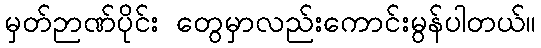
မှတ်ဉာဏ်ပိုင်း တွေမှာလည်းကောင်းမွန်ပါတယ်။